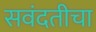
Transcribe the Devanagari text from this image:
सवंदतीचा